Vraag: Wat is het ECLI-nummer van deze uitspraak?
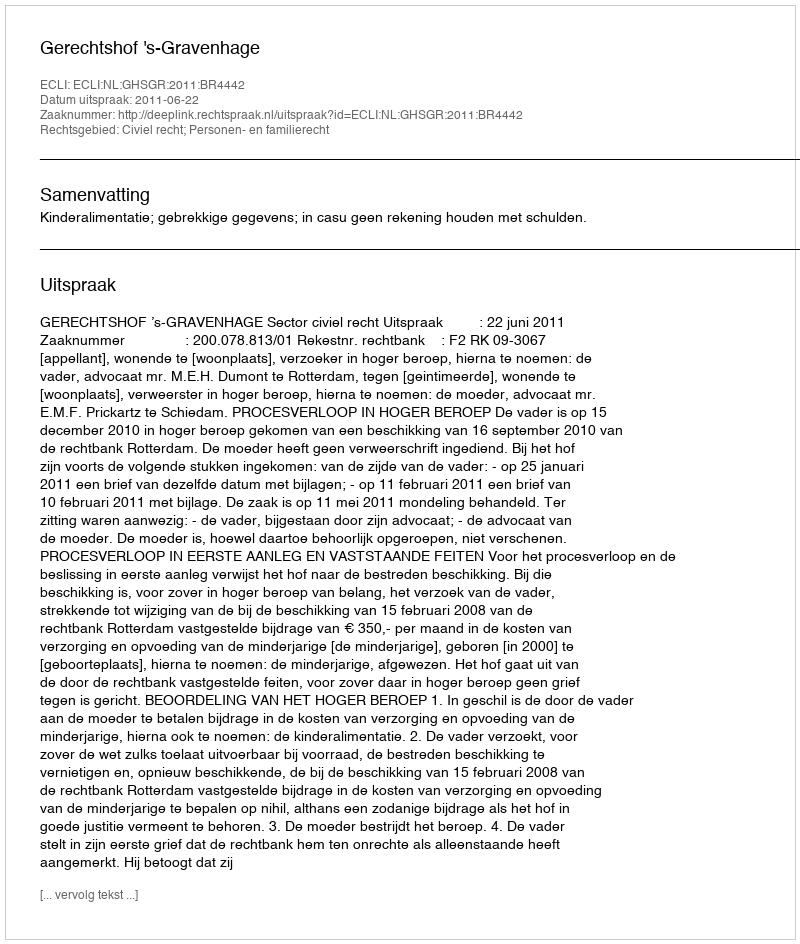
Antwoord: ECLI:NL:GHSGR:2011:BR4442